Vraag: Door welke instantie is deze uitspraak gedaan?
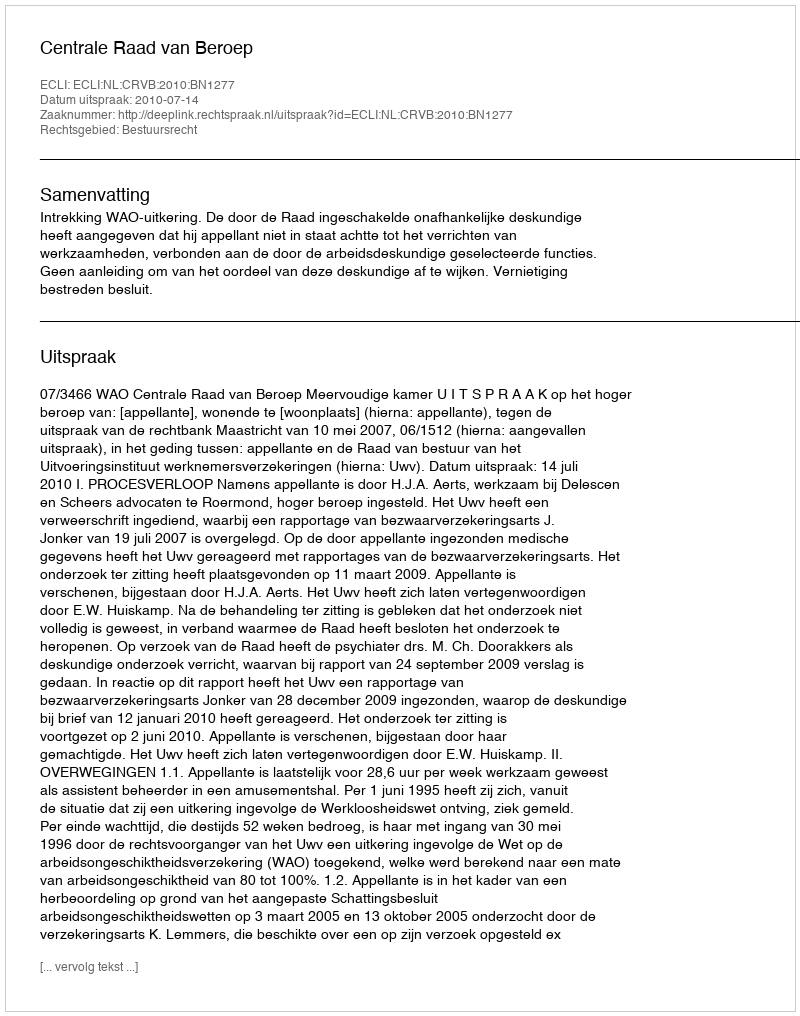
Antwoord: Centrale Raad van Beroep